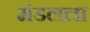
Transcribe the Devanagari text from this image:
मंडलला